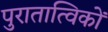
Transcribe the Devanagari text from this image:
पुरातात्विकों